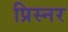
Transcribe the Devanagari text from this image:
प्रिस्नर